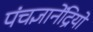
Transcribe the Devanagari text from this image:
पंचज्ञानेंद्रियों